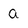
Character: a